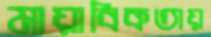
মায়াবিকতায়